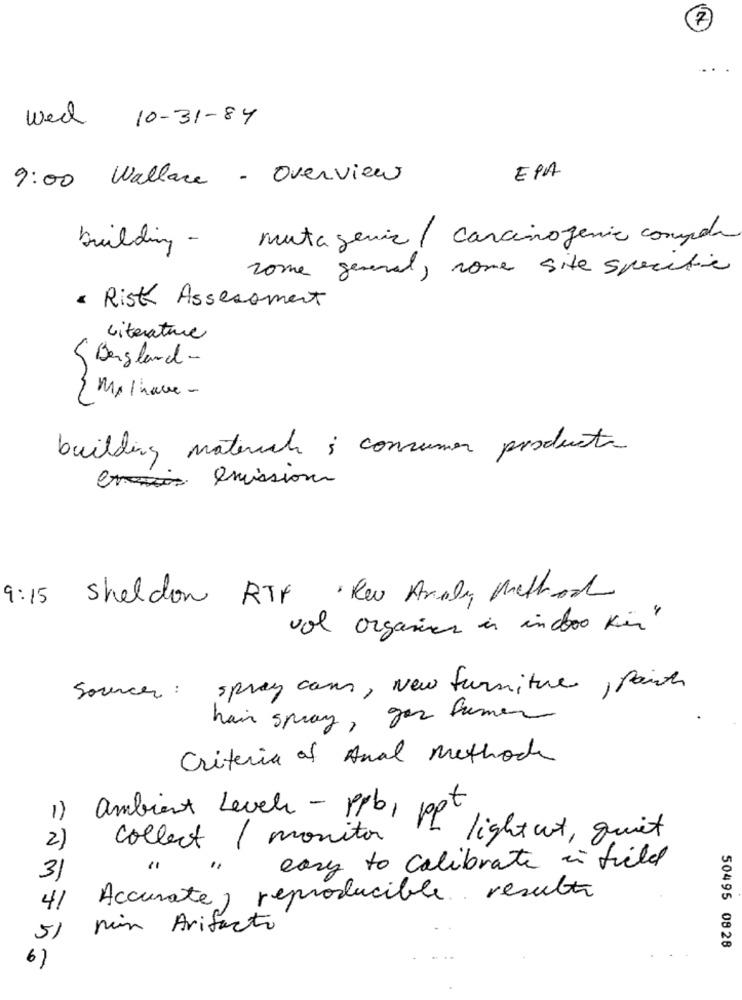
7
Wed 10-31-84
9:00 Wallar - Overview
EPA
mutagenic / carcinogenic compda
building -
rome general, nome site specific
· Risk Assessment
Literature
Bergland-
M.Ihave-
building materials ; consumer products
emission
9:15
sheldon RTF Re Analy Method
vol organiser in indoo kin"
Sources : spray cans, New furniture, paint
hair spray, gas fumer
Criteria of Anal Methode
ambient Level - ppb,1
collect / monitor
light ut, quit
2)
easy to calibrate in field
31
Accurate, reproducible results
41
min Arifacto
51
50495 0828
6